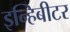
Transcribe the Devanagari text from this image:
इन्हिबीटर